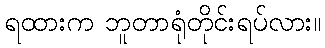
ရထားက ဘူတာရုံတိုင်းရပ်လား။